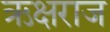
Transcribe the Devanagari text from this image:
ऋक्षराज